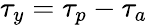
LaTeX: \tau_{y}=\tau_{p}-\tau_{a}